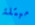
مبتلة